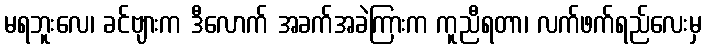
မရဘူးလေ၊ ခင်ဗျားက ဒီလောက် အခက်အခဲကြားက ကူညီရတာ၊ လက်ဖက်ရည်လေးမှ